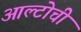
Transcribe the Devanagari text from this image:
आल्टोची